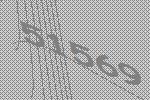
51569